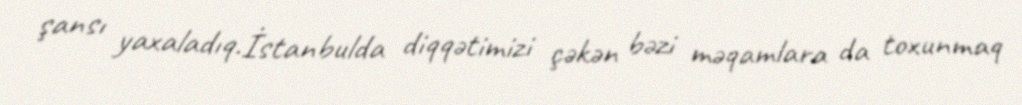
şansı yaxaladıq.İstanbulda diqqətimizi çəkən bəzi məqamlara da toxunmaq